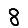
Digit: 8